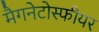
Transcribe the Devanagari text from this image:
मैगनेटोस्फीयर